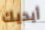
أيديك